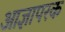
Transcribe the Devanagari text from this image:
आज्ञापरक